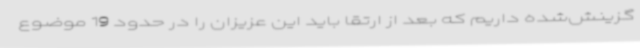
گزینش‌شده داریم که بعد از ارتقا باید این عزیزان را در حدود 19 موضوع